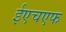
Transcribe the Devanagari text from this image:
ईएचएफ